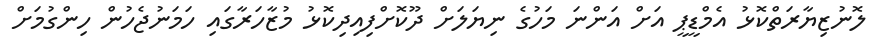
ލޮނުޒިޔާރަތްކޮޅު އެމްޑީޕީ އަށް އަންނަ މަހުގެ ނިޔަލަށް ދޫކޮށްފިއިދިކޮޅު މުޒާހަރާގައި ހަމަނުޖެހުން ހިންގުމަށް